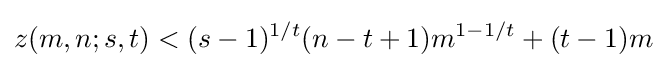
z(m,n;s,t)<(s-1)^{1/t}(n-t+1)m^{1-1/t}+(t-1)m